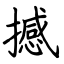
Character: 撼